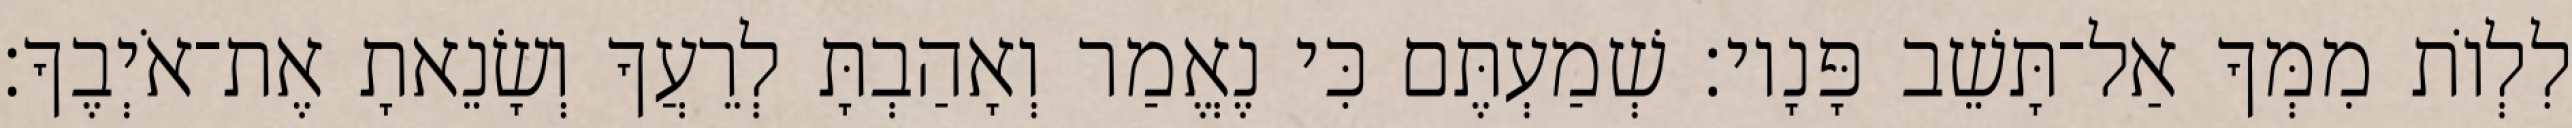
לִלְוֹת מִמְּךָ אַל־תָּשֵׁב פָּנָיו׃ שְׁמַעְתֶּם כִּי נֶאֱמַר וְאָהַבְתָּ לְרֵעֲךָ וְשָׂנֵאתָ אֶת־אֹיְבֶךָ׃